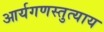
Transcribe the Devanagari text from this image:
आर्यगणस्तुत्याय